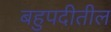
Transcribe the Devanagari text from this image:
बहुपदीतील